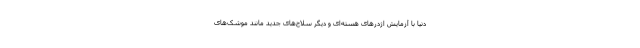
دنیا با آزمایش اژدرهای هسته‌ای و دیگر سلاح‌های جدید مانند موشک‌های